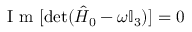
\mathrm { ~ I ~ m ~ } [ \operatorname* { d e t } ( \hat { H } _ { 0 } - \omega \mathbb { I } _ { 3 } ) ] = 0